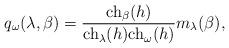
LaTeX: \begin{align*}q_\omega(\lambda,\beta)=\frac{\mbox{ch}_\beta(h)}{\mbox{ch}_\lambda(h) \mbox{ch}_\omega(h)}m_{\lambda}(\beta),\end{align*}